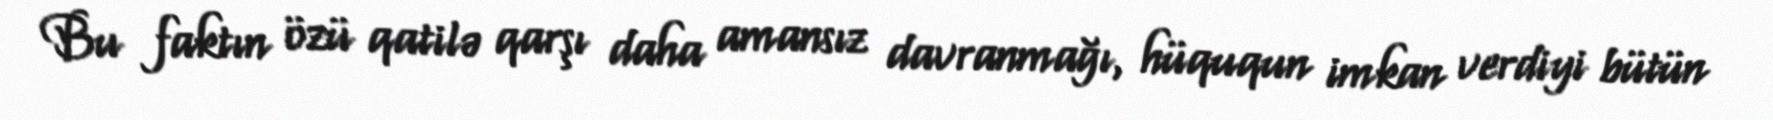
Bu faktın özü qatilə qarşı daha amansız davranmağı, hüququn imkan verdiyi bütün